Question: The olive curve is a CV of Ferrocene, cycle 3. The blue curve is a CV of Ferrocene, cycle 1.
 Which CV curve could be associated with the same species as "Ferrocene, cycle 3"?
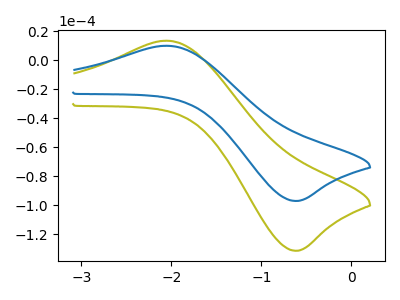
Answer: <think>The olive curve "Ferrocene, cycle 3" has an anodic peak at (-2.05V, 13.40uA) and a cathodic peak at (-0.60V, -131.50uA). The blue curve "Ferrocene, cycle 1" has an anodic peak at (-2.05V, 9.90uA) and a cathodic peak at (-0.60V, -97.15uA).
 All the peaks in "Ferrocene, cycle 3" have a peak in "Ferrocene, cycle 1" at the same potential. Every peak in "Ferrocene, cycle 3" is higher than every peak in "Ferrocene, cycle 1".</think>
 <answer>The CV with the most similar shape to "Ferrocene, cycle 1" is "Ferrocene, cycle 3".</answer>
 <eval>"Ferrocene, cycle 3"</eval>